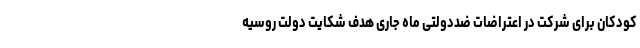
کودکان برای شرکت در اعتراضات ضددولتی ماه جاری هدف شکایت دولت روسیه